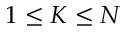
1 \leq K \leq N